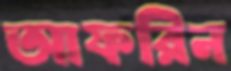
আফরিন